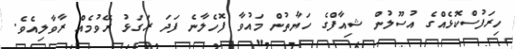
ހިރަފުސްކޮޅެއްގެ އުސޫލުން ޝިއާފްގެ ހަޔާތުން މައުވާ ފޮހެލާނެ ފަދަ ރަގަޅު ރޭވުމެއް ރާވާލިއެވެ.